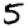
Digit: 5